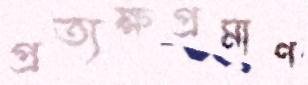
প্রত্যক্ষপ্রমাণ